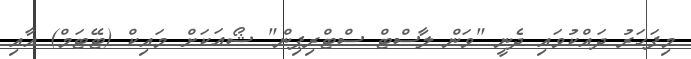
މިފަހަރު ދައްކުވައި ދެނީ "ވަން ލާސްޓް ސްޓްރިޕިން" ޝޯއަކަށް މައިކް (ޓޭޓަމް) އާއި